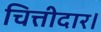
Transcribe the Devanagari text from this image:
चित्तीदार।